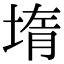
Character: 堶